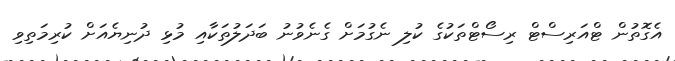
އެގޮތުން ޓްއަރިސްޓް ރިސޯޓްތަކުގެ ކުލި ނެގުމަށް ގެނެވުނު ބަދަލުތަކާއި މުޅި ދުނިޔެއަށް ކުރިމަތިވި